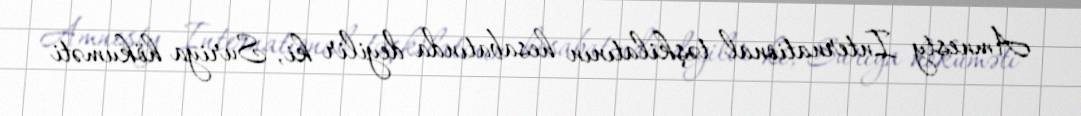
Amnesty International təşkilatının hesabatında deyilir ki, Suriya hökuməti